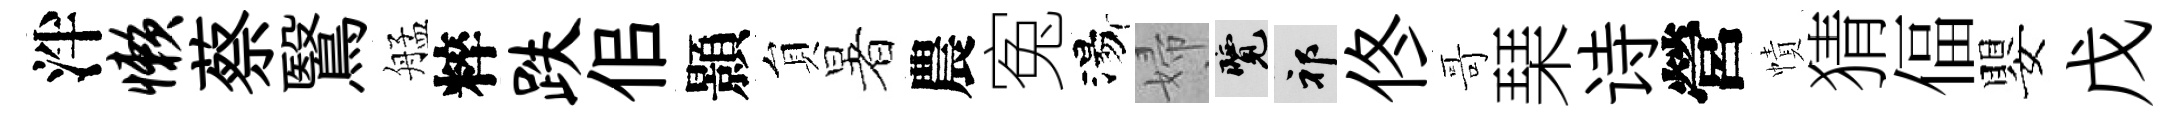
泮懒蔡鷖艋粹跌佀顥貟暑農寃湯婦覽祁佟哥琹诗營幘猜偪嬰戊